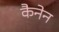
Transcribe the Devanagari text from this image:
कैनेन